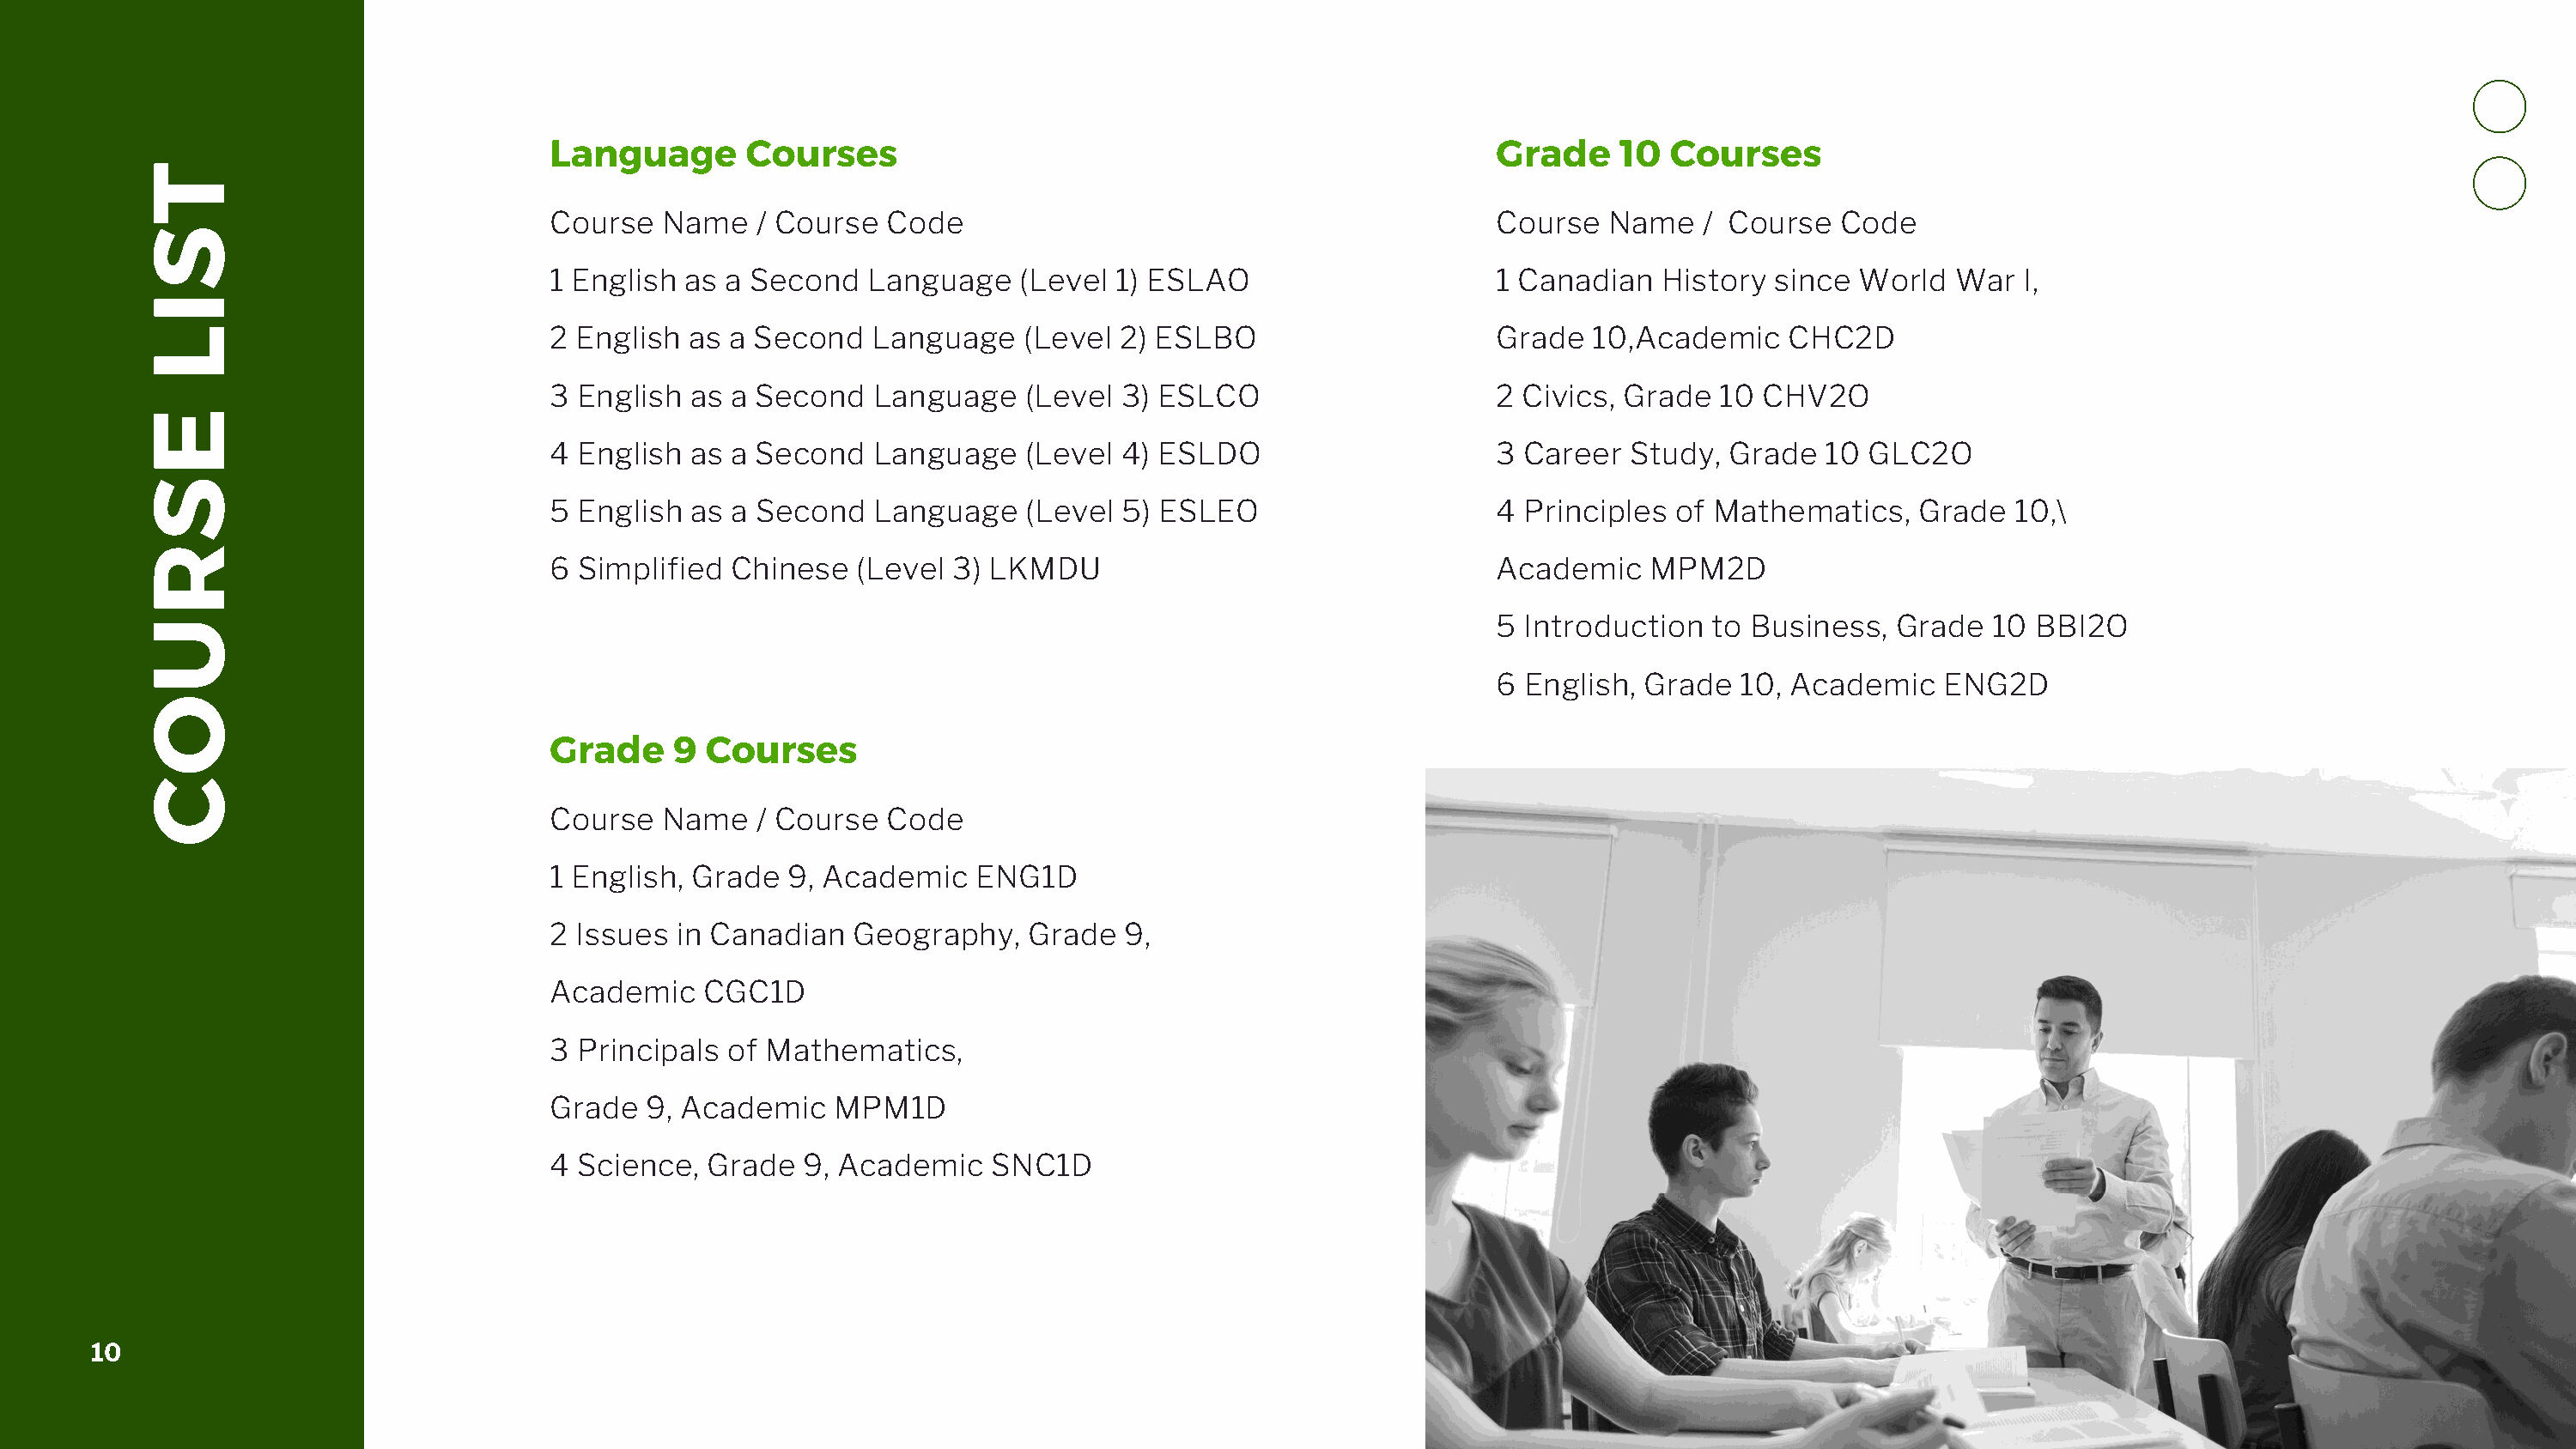
Language       Courses                                                   Grade     10  Courses
 T
 Course   Name   / Course  Code                                           Course   Name   / Course   Code
 S
 1 English  as a Second   Language    (Level 1) ESLAO                     1 Canadian   History  since World   War  I,
 I
 L                               2 English  as a Second   Language    (Level 2) ESLBO                     Grade   10,Academic    CHC2D
 3 English  as a Second   Language    (Level 3) ESLCO                     2 Civics, Grade   10 CHV2O
 E
 4 English  as a Second   Language    (Level 4) ESLDO                     3 Career   Study, Grade   10 GLC2O
 S
 5  English as a Second   Language    (Level 5) ESLEO                     4 Principles  of Mathematics,    Grade  10,\
 R
 6  Simplified Chinese   (Level 3) LKMDU                                  Academic    MPM2D
 U                                                                                                        5 Introduction   to Business,  Grade   10 BBI2O
 6 English,  Grade  10, Academic    ENG2D
 O
 Grade     9 Courses
 C
 Course   Name   / Course  Code
 1 English, Grade   9, Academic   ENG1D
 2 Issues  in Canadian   Geography,   Grade   9,
 Academic    CGC1D
 3 Principals  of Mathematics,
 Grade   9, Academic   MPM1D
 4 Science,   Grade  9, Academic   SNC1D
 10